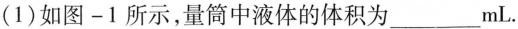
(1)如图—1所示，量筒中液体的体积为___mL。